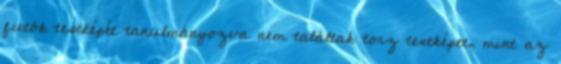
futók testképét tanulmányozva nem találtak torz testképet, mint az